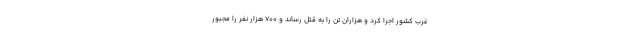
غرب کشور اجرا کرد و هزاران تن را به قتل رساند و ۷۰۰ هزار نفر را مجبور